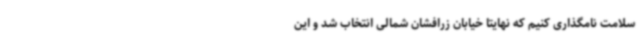
سلامت نامگذاری کنیم که نهایتا خیابان زرافشان شمالی انتخاب شد و این